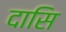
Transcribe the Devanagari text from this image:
दासि